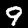
Digit: 9